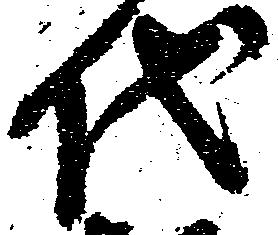
代